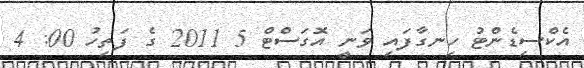
އެކްސިޑެންޓު ހިނގާފައި ވަނީ އޮގަސްޓް 5 2011 ގެ ފަތިހު 00: 4